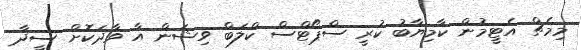
މިމެޗް އެޓީމުން ކާމިޔާބު ކުރީ ސްޕޯޓްސް ކްލަބް ވިޝަން އާ ވާދަކޮށް ސީދާ